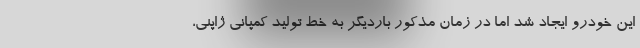
این خودرو ایجاد شد اما در زمان مذکور باردیگر به خط تولید کمپانی ژاپنی،